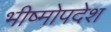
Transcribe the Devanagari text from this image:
भीष्मोपदेश